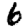
Digit: 6